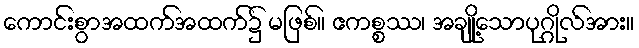
ကောင်းစွာအထက်အထက်၌ မဖြစ်။ ဧကစ္စဿ၊ အချို့သောပုဂ္ဂိုလ်အား။